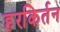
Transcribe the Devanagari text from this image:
हरकिर्तन